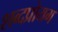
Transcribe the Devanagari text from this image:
शब्दप्रोयग